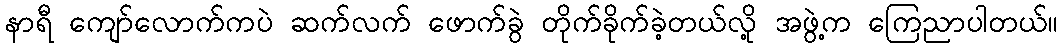
နာရီ ကျော်လောက်ကပဲ ဆက်လက် ဖောက်ခွဲ တိုက်ခိုက်ခဲ့တယ်လို့ အဖွဲ့က ကြေညာပါတယ်။